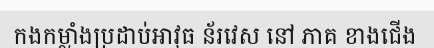
កងកម្លាំងប្រដាប់អាវុធ ន័រវេស នៅ ភាគ ខាងជើង